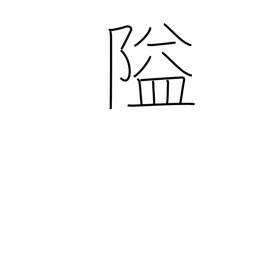
Meaning: obstruct